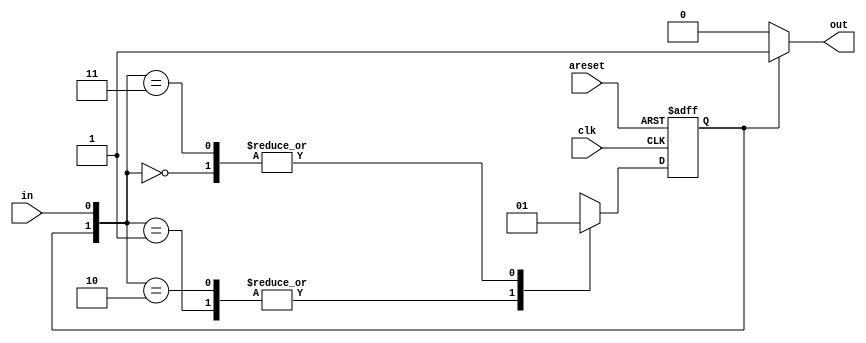
// https://hdlbits.01xz.net/wiki/Fsm1

module top_module(
    input clk,
    input areset,    // Asynchronous reset to state B
    input in,
    output out);//

    parameter A = 1'b0;
    parameter B = 1'b1;
    reg state, next_state;

    // generate `next state`
    always @(*) begin
        // State transition logic
        case ({state,in})
            {A, 1'b0}: next_state = B;
            {A, 1'b1}: next_state = A;
            {B, 1'b0}: next_state = A;
            {B, 1'b1}: next_state = B;
        endcase
    end

    // assign `next state` to state
    always @(posedge clk, posedge areset) begin
        // State flip-flops with asynchronous reset
        if(areset) begin
            state <= B;
        end else begin
            state <= next_state;
        end
    end

    // Output logic
    assign out = state == A ? 1'b0 : 1'b1;

endmodule